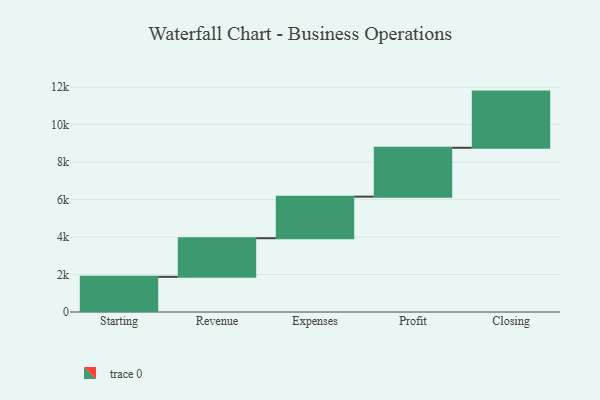
{"axis": {"x": "Step", "y": "Value"}, "legend": [""], "data": [{"x": "Starting", "y": 1878.0, "type": ""}, {"x": "Revenue", "y": 2062.0, "type": ""}, {"x": "Expenses", "y": 2221.0, "type": ""}, {"x": "Profit", "y": 2609.0, "type": ""}, {"x": "Closing", "y": 3000, "type": ""}]}